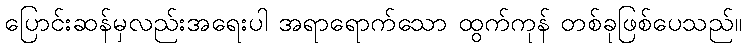
ပြောင်းဆန်မှလည်းအရေးပါ အရာရောက်သော ထွက်ကုန် တစ်ခုဖြစ်ပေသည်။